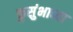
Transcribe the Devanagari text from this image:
कुसुंभाच्या